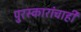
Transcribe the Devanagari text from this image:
पुरस्कारांचाही